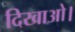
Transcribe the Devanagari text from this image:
दिखाओ।